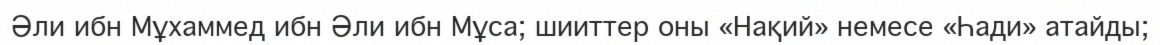
Әли ибн Мұхаммед ибн Әли ибн Мұса; шииттер оны «Нақий» немесе «Һади» атайды;